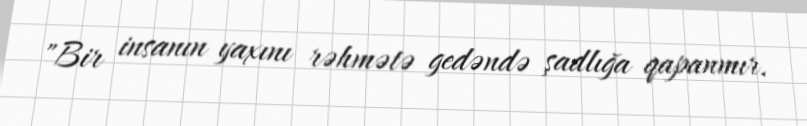
"Bir insanın yaxını rəhmətə gedəndə şadlığa qapanmır.